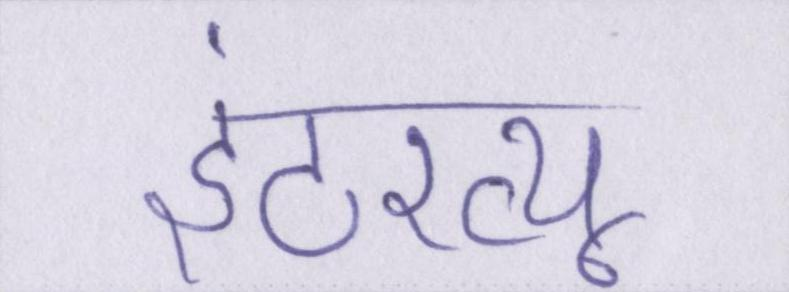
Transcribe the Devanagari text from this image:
इंटरव्यू